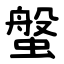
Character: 螌